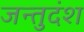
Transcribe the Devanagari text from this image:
जन्तुदंश